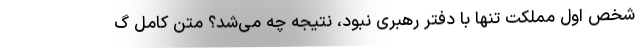
شخص اول مملکت تنها با دفتر رهبری نبود، نتیجه چه می‌شد؟ متن کامل گ